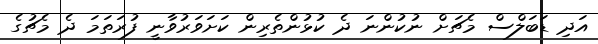
އަދި ޑަބަލްސް މެޗަށް ނުކުންނަ ދެ ކުޅުންތެރިން ކަށަވަރުވާނީ ފުރަތަމަ ދެ މެޗުގެ